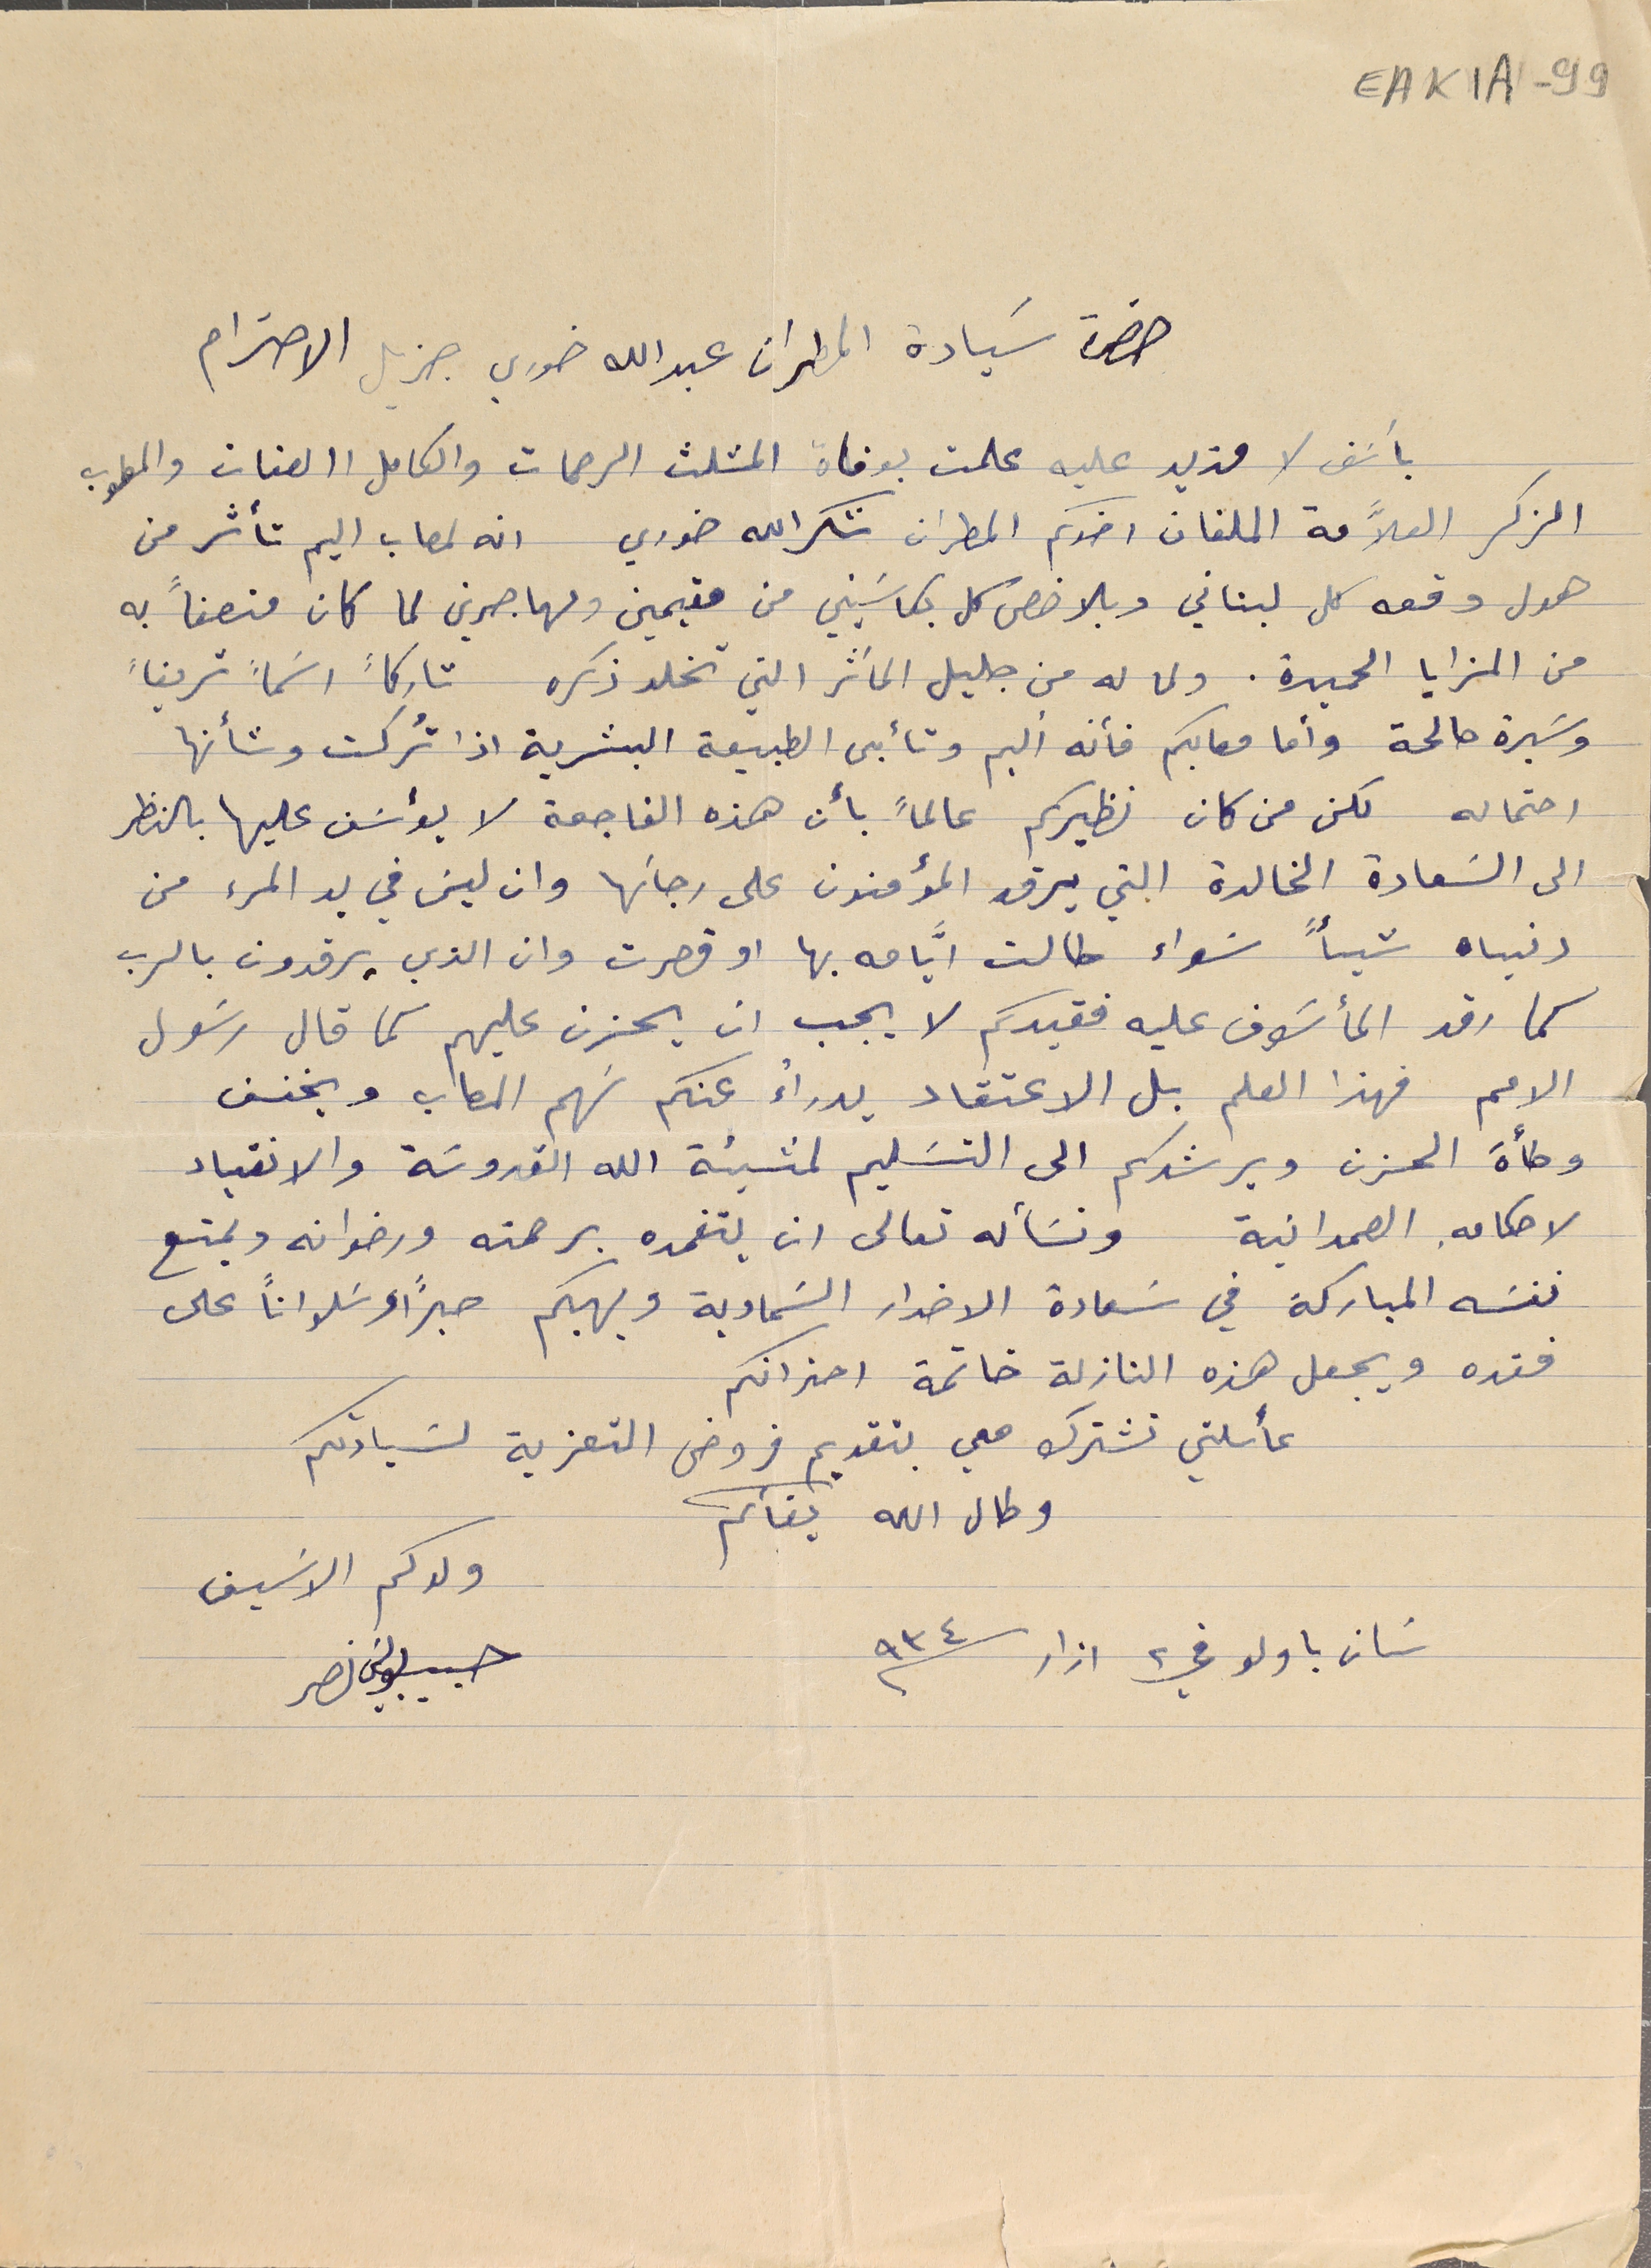
EAK1A-99
 حضرة سَيادة المطران عبدالله خوري جزيل الاحترام
بأسَف لا مزيد عليه علمت بوفاة المثلث الرحمات والكامل الصفات والمطوب
الذكر العلاَّمة الملفان اخوكم المطران شكرالله خوري انه لمصاب اليم تأثر من
هول وقعه كل لبناني وبالاخص كل بكاسَيني من مقيمين ومهاجرين لما كان منصفاً به
من المزايا الحميدة. ولما له من جليل المآثر التي تخلد ذكره تاركاً اسَماً شريفاً
وسَيرة صالحة وأما معاليكم فأنه أليم وتأبى الطبيعة البشرية اذا تُركت وشأنها
 احتماله لكن من كان نظيركم عالماً بأن هذه الفاجعة لا يؤسَف عليها بالنظر
 الى السَعادة الخالدة التي يرقد المؤمنون على رجائها وان ليسَ في يد المرء من
 دنياه شيأً سَواء طالت ايَّامه بها او قصرت وان الذين يرقدون بالرب
كما رقد المأسَوف عليه فقيدكم لا يجب ان يحزن عليهم كما قال رسَول
 الامم فهذا العلم بل الاعتقاد يدراءُ عنكم سَهم المصاب ويخفف
 وطأة الحزن ويرشدكم الى التسَليم لمشيئة الله القدوسَة والانقياد
 لاحكامهِ الصمدانية ونسَأله تعالى ان يتغمده برحمته ورضوانه ويمتع
 نفسَه المباركة في سَعادة الاضداد السَماوية ويهبكم صبرًا وسَلوانًا على
 فقده ويجعل هذه النازلة خاتمة احزانكم
عائلتي تشترك معي بتقديم فروض التعزية لسَيادتكم
وطال الله بقأكم
 ولدكم الاسَيف
سَان باولو في ٢ اذار سنة ٩٣٤
حبيب بولسَ نصر